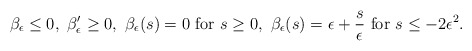
\begin{align*}\beta_{\epsilon}\leq 0 , \ \beta_{\epsilon}' \geq 0, \ \beta_{\epsilon}(s)= 0 \mbox{ for } s\geq 0, \ \beta_{\epsilon}(s)= \epsilon + \frac{s}{\epsilon} \mbox{ for } s\leq -2\epsilon^2.\end{align*}